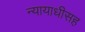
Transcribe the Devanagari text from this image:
न्यायाधीसह